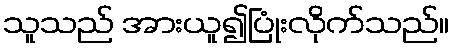
သူသည် အားယူ၍ပြုံးလိုက်သည်။